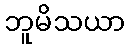
ဘူမိသယာ